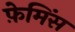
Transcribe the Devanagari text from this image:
फ़ेमिंस